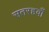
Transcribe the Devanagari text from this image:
सतरहवाँ